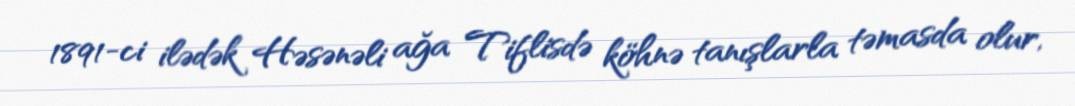
1891-ci ilədək Həsənəli ağa Tiflisdə köhnə tanışlarla təmasda olur,